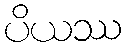
ပိယဿ